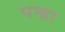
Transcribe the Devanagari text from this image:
पन्हा